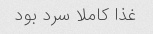
غذا کاملا سرد بود